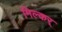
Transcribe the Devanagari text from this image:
मिल्कर्